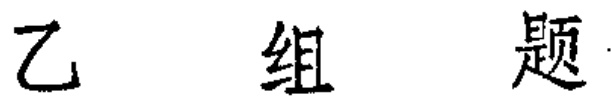
乙 组 题